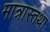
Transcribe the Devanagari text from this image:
मात्रास्तथा